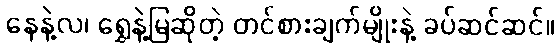
နေနဲ့လ၊ ရွှေနဲ့မြဆိုတဲ့ တင်စားချက်မျိုးနဲ့ ခပ်ဆင်ဆင်။